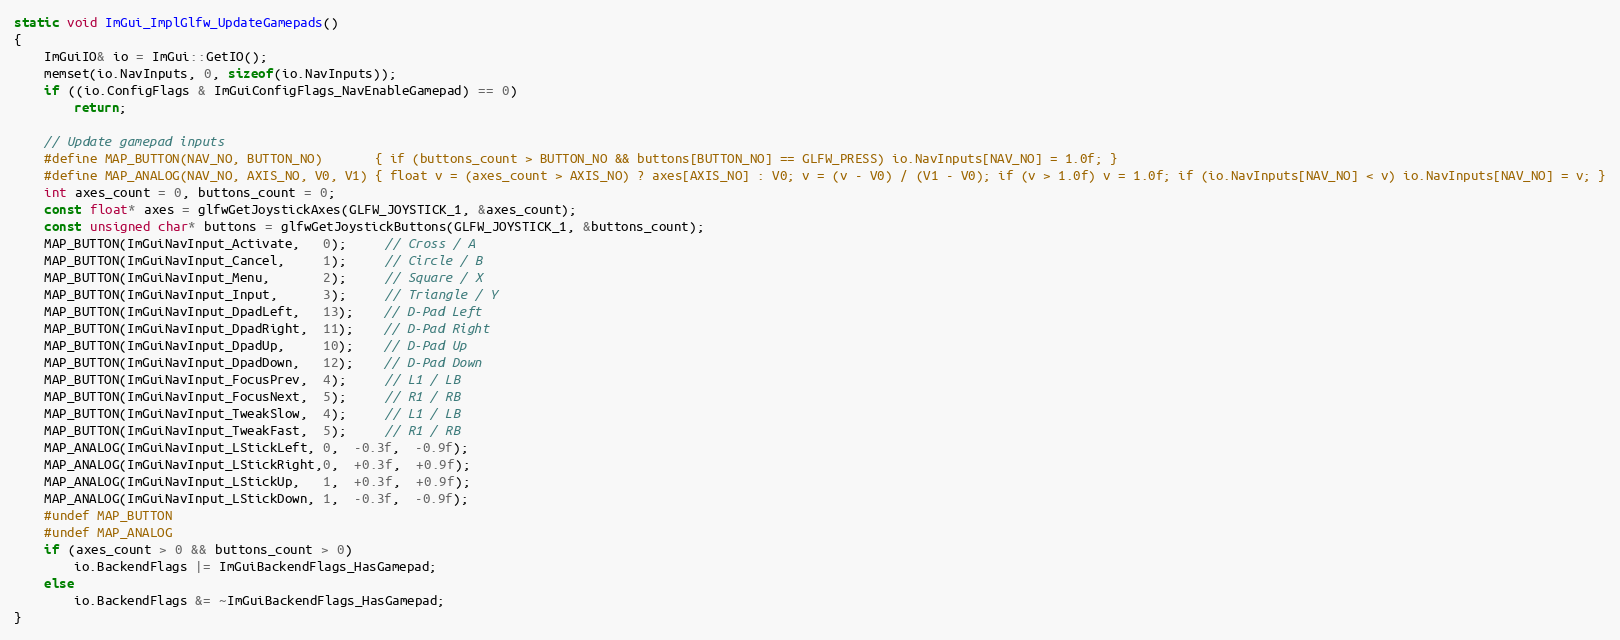
Language: C++
static void ImGui_ImplGlfw_UpdateGamepads()
{
    ImGuiIO& io = ImGui::GetIO();
    memset(io.NavInputs, 0, sizeof(io.NavInputs));
    if ((io.ConfigFlags & ImGuiConfigFlags_NavEnableGamepad) == 0)
        return;

    // Update gamepad inputs
    #define MAP_BUTTON(NAV_NO, BUTTON_NO)       { if (buttons_count > BUTTON_NO && buttons[BUTTON_NO] == GLFW_PRESS) io.NavInputs[NAV_NO] = 1.0f; }
    #define MAP_ANALOG(NAV_NO, AXIS_NO, V0, V1) { float v = (axes_count > AXIS_NO) ? axes[AXIS_NO] : V0; v = (v - V0) / (V1 - V0); if (v > 1.0f) v = 1.0f; if (io.NavInputs[NAV_NO] < v) io.NavInputs[NAV_NO] = v; }
    int axes_count = 0, buttons_count = 0;
    const float* axes = glfwGetJoystickAxes(GLFW_JOYSTICK_1, &axes_count);
    const unsigned char* buttons = glfwGetJoystickButtons(GLFW_JOYSTICK_1, &buttons_count);
    MAP_BUTTON(ImGuiNavInput_Activate,   0);     // Cross / A
    MAP_BUTTON(ImGuiNavInput_Cancel,     1);     // Circle / B
    MAP_BUTTON(ImGuiNavInput_Menu,       2);     // Square / X
    MAP_BUTTON(ImGuiNavInput_Input,      3);     // Triangle / Y
    MAP_BUTTON(ImGuiNavInput_DpadLeft,   13);    // D-Pad Left
    MAP_BUTTON(ImGuiNavInput_DpadRight,  11);    // D-Pad Right
    MAP_BUTTON(ImGuiNavInput_DpadUp,     10);    // D-Pad Up
    MAP_BUTTON(ImGuiNavInput_DpadDown,   12);    // D-Pad Down
    MAP_BUTTON(ImGuiNavInput_FocusPrev,  4);     // L1 / LB
    MAP_BUTTON(ImGuiNavInput_FocusNext,  5);     // R1 / RB
    MAP_BUTTON(ImGuiNavInput_TweakSlow,  4);     // L1 / LB
    MAP_BUTTON(ImGuiNavInput_TweakFast,  5);     // R1 / RB
    MAP_ANALOG(ImGuiNavInput_LStickLeft, 0,  -0.3f,  -0.9f);
    MAP_ANALOG(ImGuiNavInput_LStickRight,0,  +0.3f,  +0.9f);
    MAP_ANALOG(ImGuiNavInput_LStickUp,   1,  +0.3f,  +0.9f);
    MAP_ANALOG(ImGuiNavInput_LStickDown, 1,  -0.3f,  -0.9f);
    #undef MAP_BUTTON
    #undef MAP_ANALOG
    if (axes_count > 0 && buttons_count > 0)
        io.BackendFlags |= ImGuiBackendFlags_HasGamepad;
    else
        io.BackendFlags &= ~ImGuiBackendFlags_HasGamepad;
}